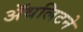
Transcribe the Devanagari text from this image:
ॲथलिटने